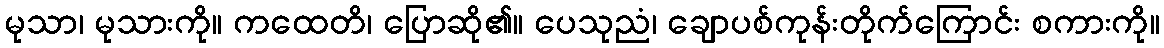
မုသာ၊ မုသားကို။ ကထေတိ၊ ပြောဆို၏။ ပေသုညံ၊ ချောပစ်ကုန်းတိုက်ကြောင်း စကားကို။